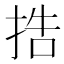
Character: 捁